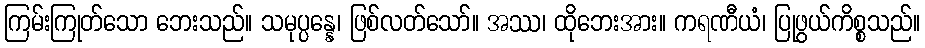
ကြမ်းကြုတ်သော ဘေးသည်။ သမုပ္ပန္နေ၊ ဖြစ်လတ်သော်။ အဿ၊ ထိုဘေးအား။ ကရဏီယံ၊ ပြုဖွယ်ကိစ္စသည်။